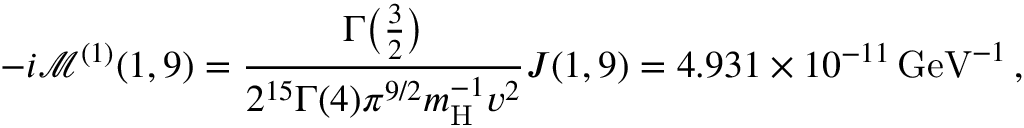
- i \mathcal { M } ^ { ( 1 ) } ( 1 , 9 ) = \frac { \Gamma \big ( \frac { 3 } { 2 } \big ) } { 2 ^ { 1 5 } \Gamma ( 4 ) \pi ^ { 9 / 2 } m _ { \mathrm { H } } ^ { - 1 } v ^ { 2 } } J ( 1 , 9 ) = 4 . 9 3 1 \times 1 0 ^ { - 1 1 } \, \mathrm { G e V } ^ { - 1 } \, ,